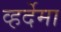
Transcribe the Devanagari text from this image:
व्हर्देमा